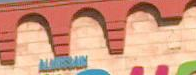
AAA